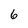
Character: 6